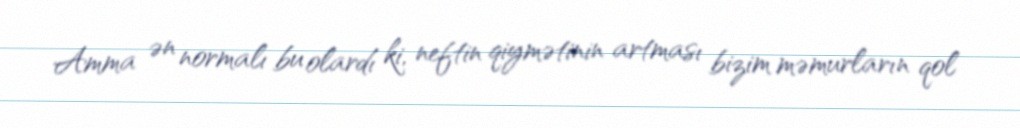
Amma ən normalı bu olardı ki, neftin qiymətinin artması bizim məmurların qol